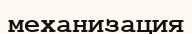
механизация